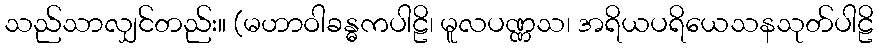
သည်သာလျှင်တည်း။ (မဟာဝါခန္ဓကပါဠိ၊ မူလပဏ္ဏသ၊ အရိယပရိယေသနသုတ်ပါဠိ